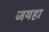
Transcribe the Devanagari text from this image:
जयहा